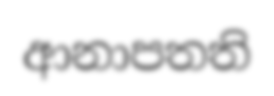
ආනාපතති